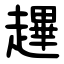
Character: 䟆